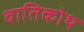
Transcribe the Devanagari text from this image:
वातिकोथ